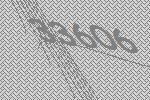
33606